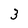
Character: 3